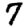
Digit: 7